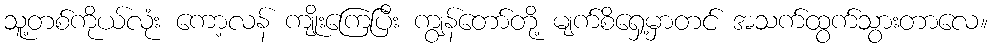
သူ့တစ်ကိုယ်လုံး ကော့လန် ကျိုးကြေပြီး ကျွန်တော်တို့ မျက်စိရှေ့မှာတင် အသက်ထွက်သွားတာလေ။